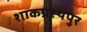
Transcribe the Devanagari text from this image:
शाकप्रस्थपुर